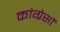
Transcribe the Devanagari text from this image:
कांग्रेसों